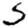
Digit: 5